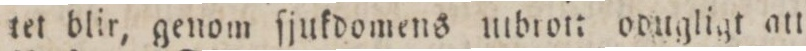
tet blir, genom ſjukdomens utbrot; odugligt att